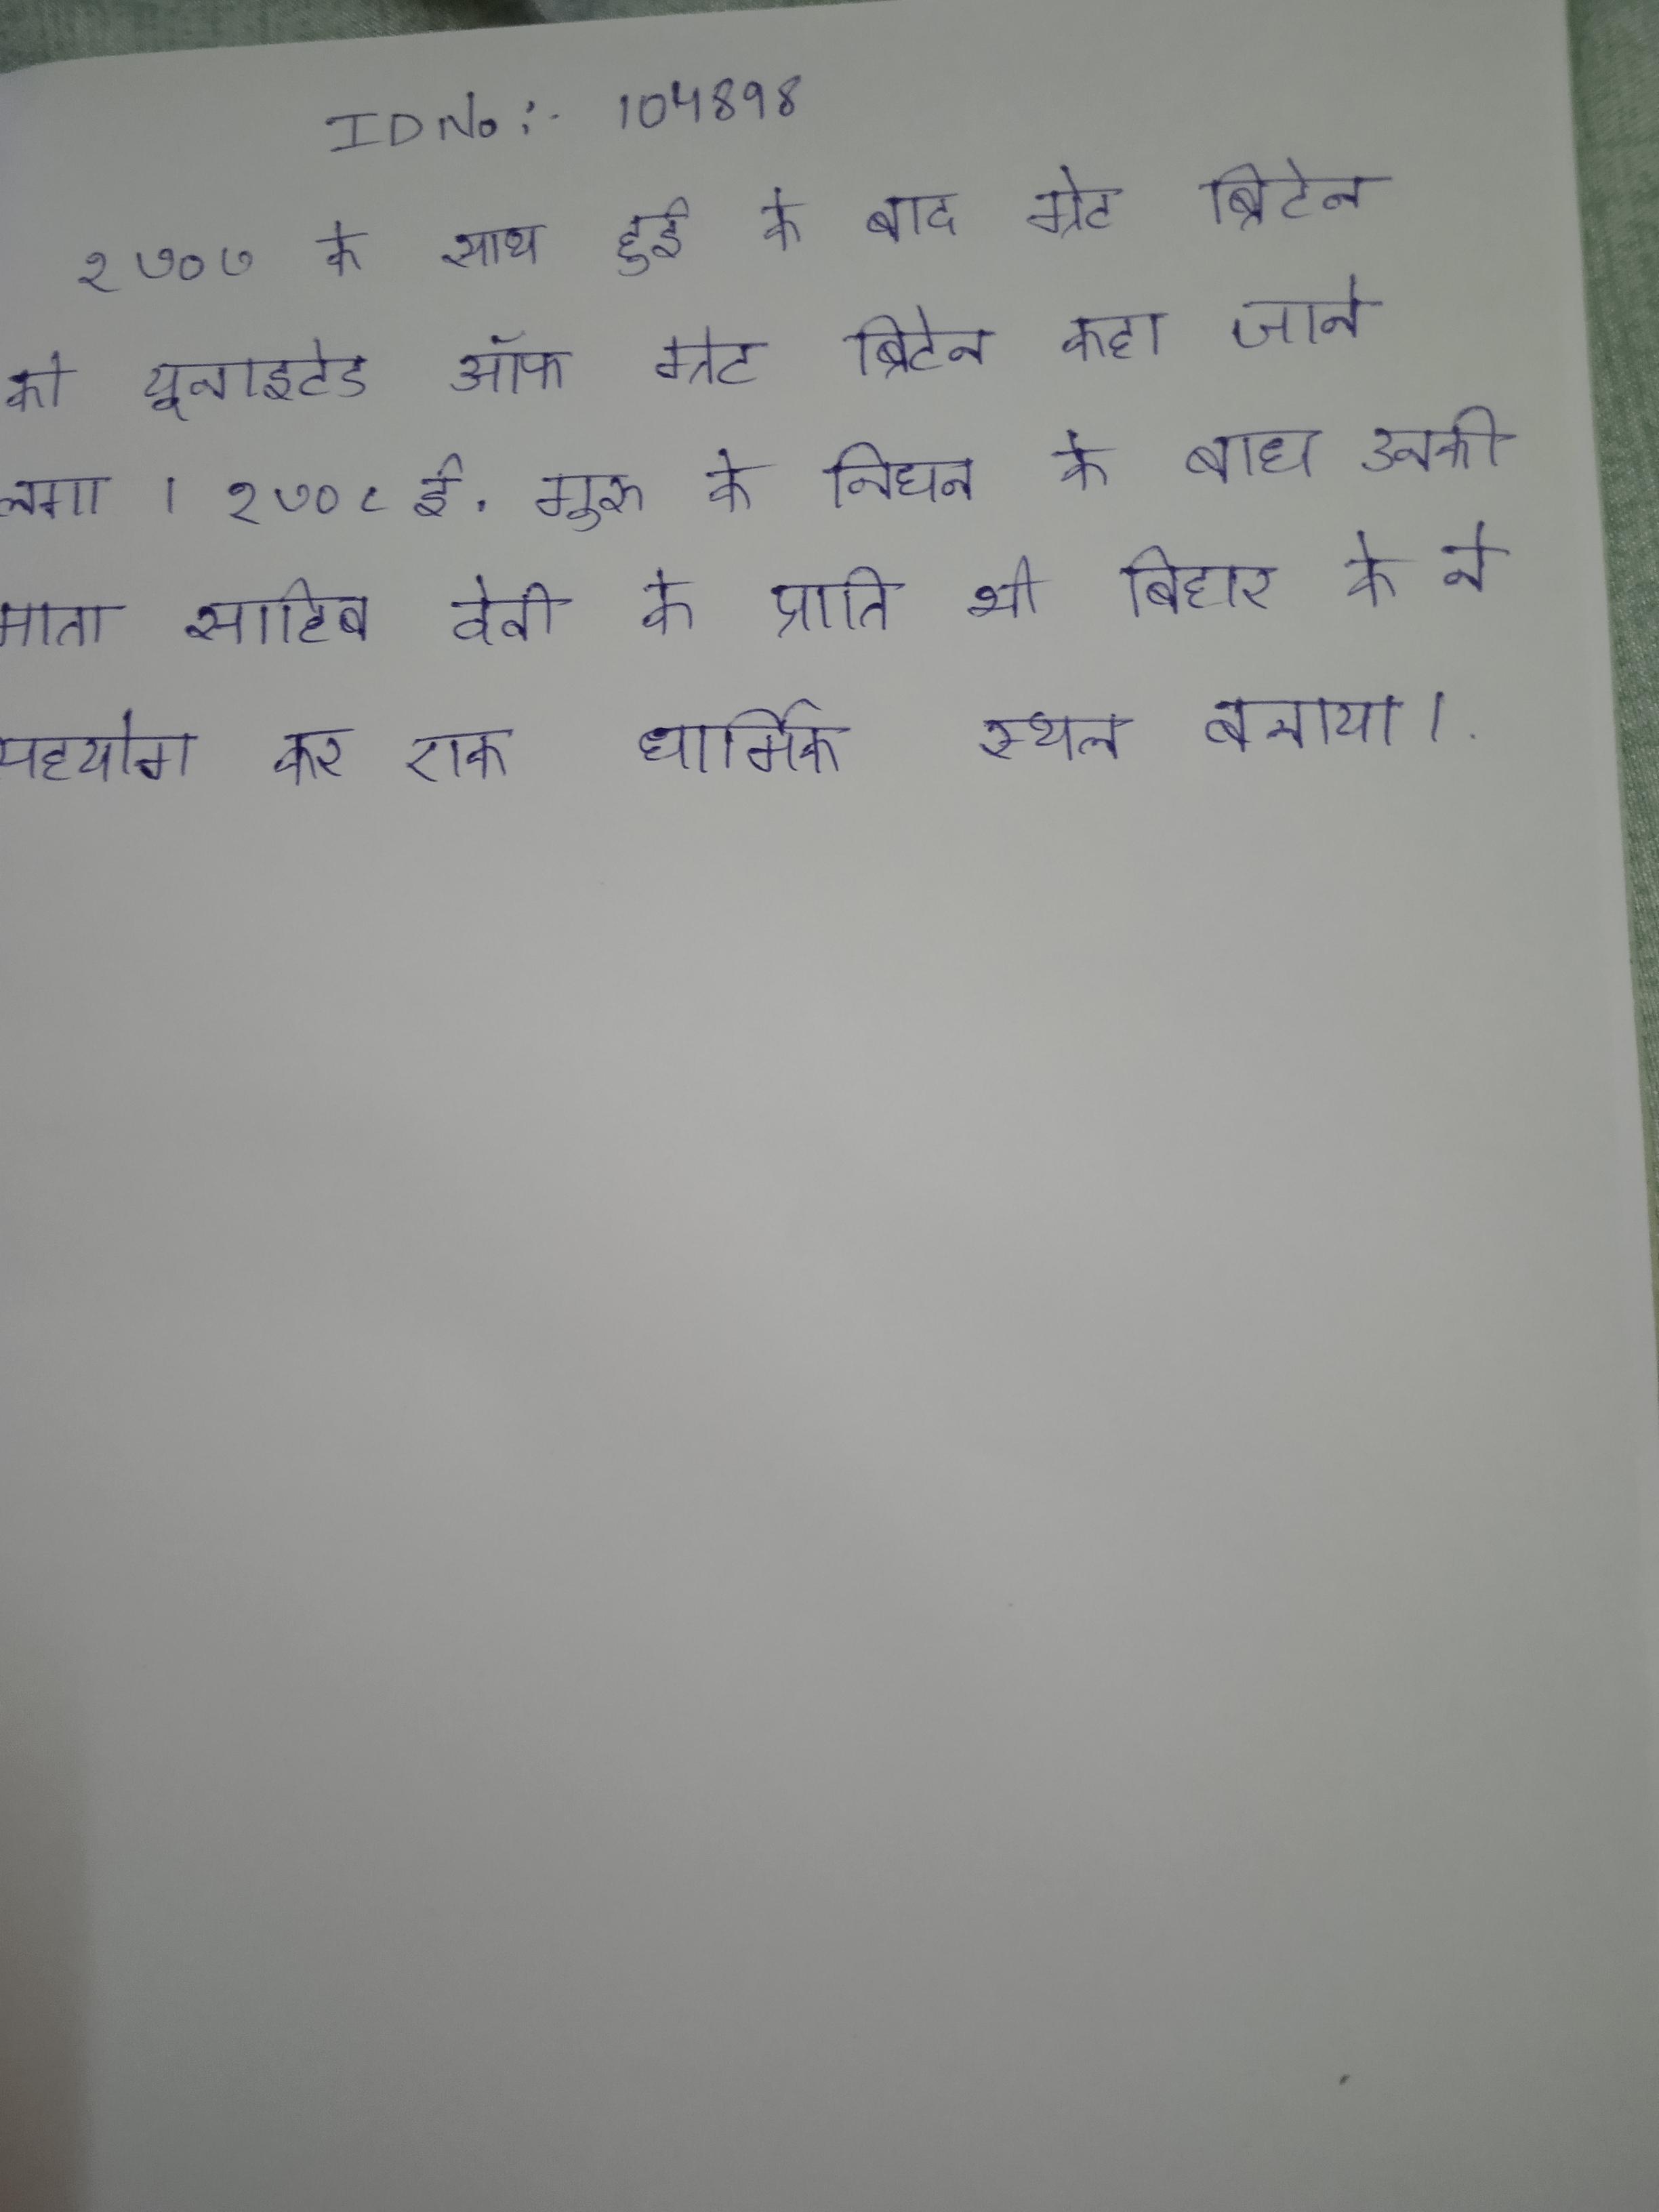
१७०७ के के साथ हुई के बाद ग्रेट ब्रिटेन को यूनाइटेड ऑफ ग्रेट ब्रिटेन कहा जाने लगा । १७०८ ई. गुरु के निधन के बाद उनकी माता साहिब देवी के प्रति भी बिहार के ने सहयोग कर एक धार्मिक स्थल बनाया ।